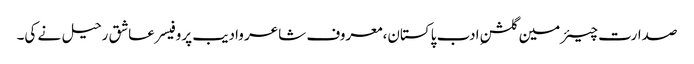
صدارت چیئرمین گلشنِ ادب پاکستان،معروف شاعر وادیب پروفیسر عاشق رحیل نے کی۔